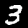
Label: 3